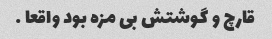
قارچ و گوشتش بی مزه بود واقعا …